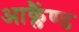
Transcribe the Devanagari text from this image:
आक्लैंण्ड